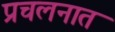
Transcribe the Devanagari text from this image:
प्रचलनात